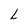
Character: L